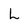
Character: L